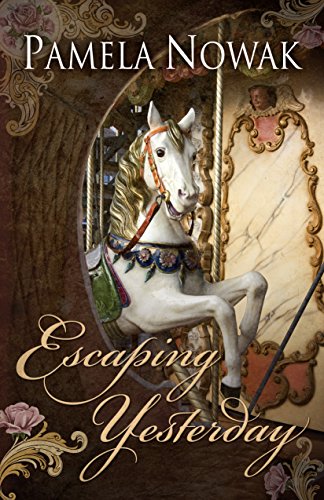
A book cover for Escaping Yesterday; Pamela Nowak; Romance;